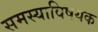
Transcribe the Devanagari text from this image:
समस्याविषयक